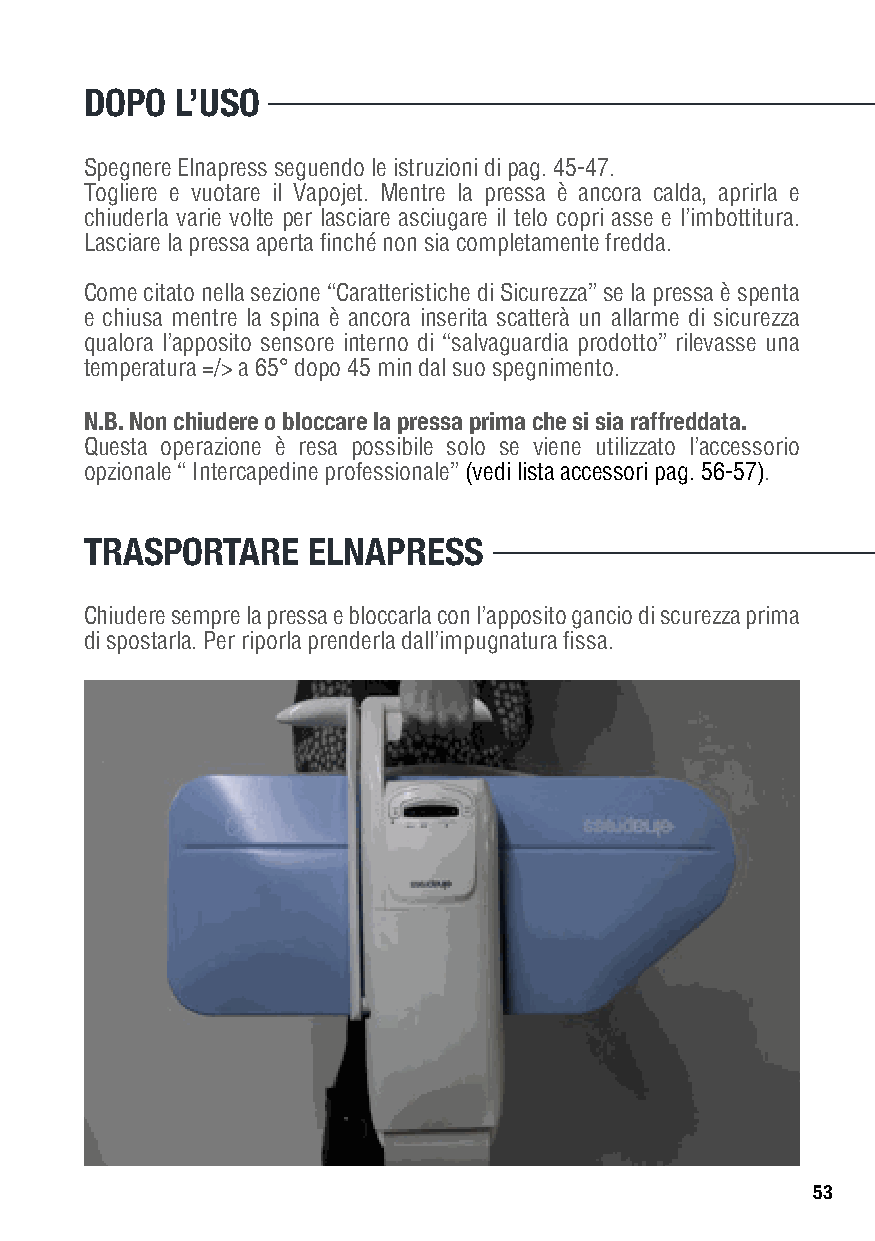
DOPO  L’USO
 Spegnere Elnapress seguendo le istruzioni di pag. 45-47.
 Togliere e vuotare il Vapojet. Mentre la pressa è ancora calda, aprirla e
 chiuderla varie volte per lasciare asciugare il telo copri asse e l’imbottitura.
 Lasciare la pressa aperta finché non sia completamente fredda.
 Come citato nella sezione “Caratteristiche di Sicurezza” se la pressa è spenta
 e chiusa mentre la spina è ancora inserita scatterà un allarme di sicurezza
 qualora l’apposito sensore interno di “salvaguardia prodotto” rilevasse una
 temperatura =/> a 65° dopo 45 min dal suo spegnimento.
 N.B. Non chiudere o bloccare la pressa prima che si sia raffreddata.
 Questa operazione è resa possibile solo se viene utilizzato l’accessorio
 opzionale “ Intercapedine professionale” (vedi lista accessori pag. 56-57).
 TRASPORTARE   ELNAPRESS
 Chiudere sempre la pressa e bloccarla con l’apposito gancio di scurezza prima
 di spostarla. Per riporla prenderla dall’impugnatura fissa.
 53